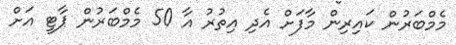
މެމްބަރުން ކައިރިން މާފަށް އެދި އިތުރު އާ 50 މެމްބަރުން ޕާޓީ އަށް